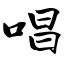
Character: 唱